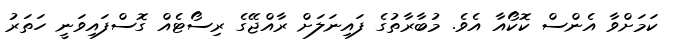
ކަމަށްވާ އެންސް ކޮކޯއާ އެވެ. މުބާރާތުގެ ފައިނަލަށް ރާއްޖޭގެ ރިސޯޓެއް ގޮސްފައިވަނީ ހަތަރު